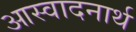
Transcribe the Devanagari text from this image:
आस्वादनार्थ